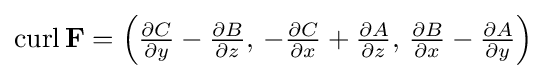
{\textstyle \operatorname {curl} \mathbf {F} =\left({\frac {\partial C}{\partial y}}-{\frac {\partial B}{\partial z}},\,-{\frac {\partial C}{\partial x}}+{\frac {\partial A}{\partial z}},\,{\frac {\partial B}{\partial x}}-{\frac {\partial A}{\partial y}}\right)}